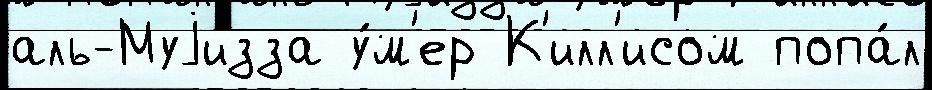
аль-Муjизза у́м'ер К'илл'исом попа́л